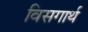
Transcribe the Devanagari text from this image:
विसगार्थ